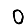
Digit: 0